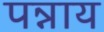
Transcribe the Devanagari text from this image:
पन्नाय